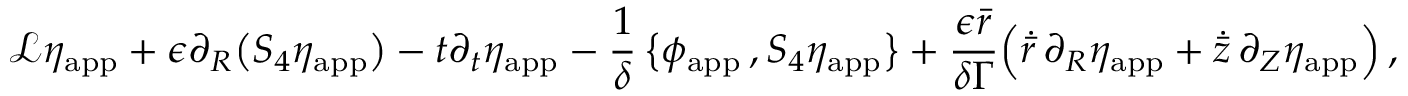
\mathcal { L } \eta _ { \mathrm { a p p } } + \epsilon \partial _ { R } \bigl ( S _ { 4 } \eta _ { \mathrm { a p p } } \bigr ) - t \partial _ { t } \eta _ { \mathrm { a p p } } - \frac { 1 } { \delta } \, \bigl \{ \phi _ { \mathrm { a p p } } \, , S _ { 4 } \eta _ { \mathrm { a p p } } \bigr \} + \frac { \epsilon \bar { r } } { \delta \Gamma } \Bigl ( \dot { \bar { r } } \, \partial _ { R } \eta _ { \mathrm { a p p } } + \dot { \bar { z } } \, \partial _ { Z } \eta _ { \mathrm { a p p } } \Bigr ) \, ,